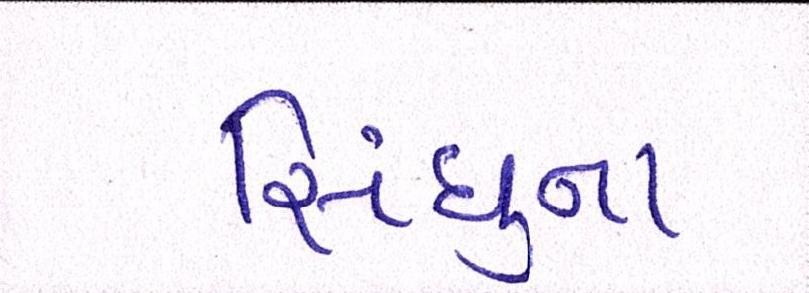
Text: સિંધુના